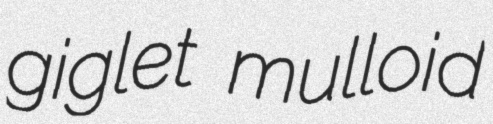
giglet mulloid